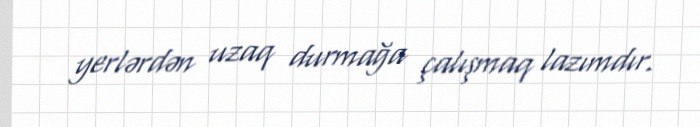
yerlərdən uzaq durmağa çalışmaq lazımdır.